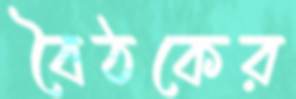
বৈঠকের